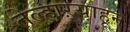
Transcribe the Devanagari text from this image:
तेल्हाऱ्याहून